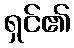
ရှင်၏